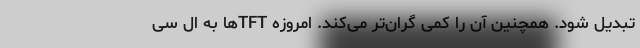
تبدیل شود. همچنین آن را کمی گران‌تر می‌کند. امروزه TFTها به ال سی